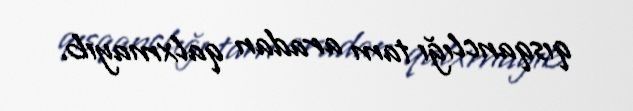
qısqanclığı tam aradan qalxmayıb.